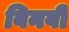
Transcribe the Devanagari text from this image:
विनवी